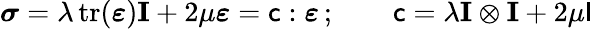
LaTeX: {\boldsymbol{\sigma}}=\lambda\operatorname{tr}({\boldsymbol{\varepsilon}})\mathbf{I}+2\mu{\boldsymbol{\varepsilon}}={\mathsf{c}}:{\boldsymbol{\varepsilon}}\, ;\qquad{\mathsf{c}}=\lambda\mathbf{I}\otimes\mathbf{I}+2\mu{\mathsf{I}}